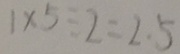
1 \times 5 \div 2 = 2 . 5